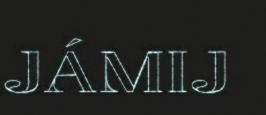
JÁMIJ